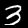
Label: 3